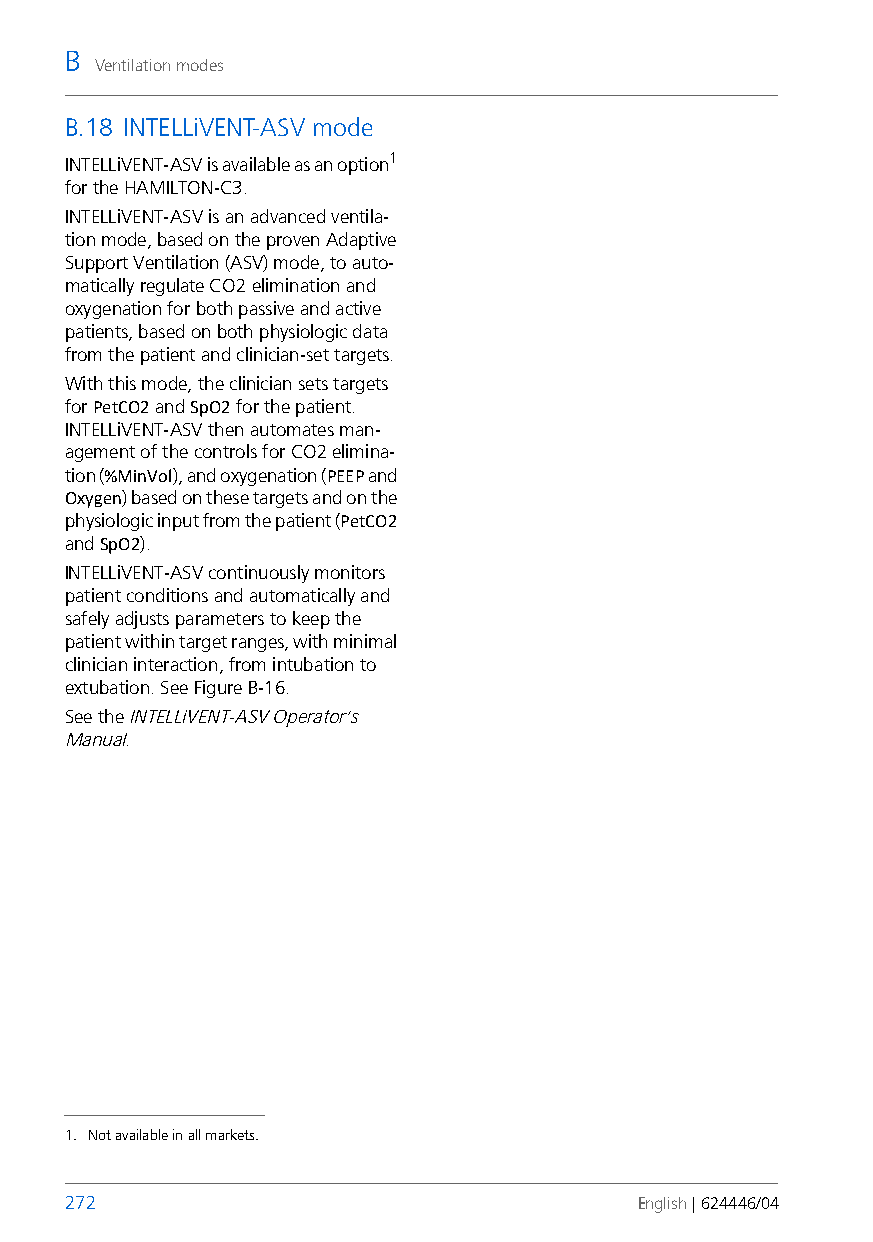
B
 Ventilation modes
 B.18 INTELLiVENT-ASV mode
 INTELLiVENT-ASV is available as an option1
 for the HAMILTON-C3.
 INTELLiVENT-ASV is an advanced ventila-
 tion mode, based on the proven Adaptive
 Support Ventilation (ASV) mode, to auto-
 matically regulate CO2 elimination and
 oxygenation for both passive and active
 patients, based on both physiologic data
 from the patient and clinician-set targets.
 With this mode, the clinician sets targets
 for PetCO2 and SpO2 for the patient.
 INTELLiVENT-ASV then automates man-
 agement of the controls for CO2 elimina-
 tion (%MinVol), and oxygenation (PEEP and
 Oxygen) based on these targets and on the
 physiologic input from the patient (PetCO2
 and SpO2).
 INTELLiVENT-ASV continuously monitors
 patient conditions and automatically and
 safely adjusts parameters to keep the
 patient within target ranges, with minimal
 clinician interaction, from intubation to
 extubation. See FigureB-16.
 See the INTELLiVENT-ASV Operator’s
 Manual.
 1. Not available in all markets.
 272                                   English | 624446/04